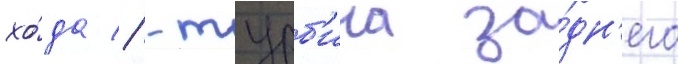
хо́да // -турб'ина за́дн'его